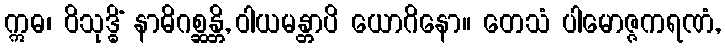
ဣဓ၊ ဝိသုဒ္ဓိံ နာဓိဂစ္ဆန္တိ, ဝါယမန္တာပိ ယောဂိနော။ တေသံ ပါမောဇ္ဇကရဏံ,